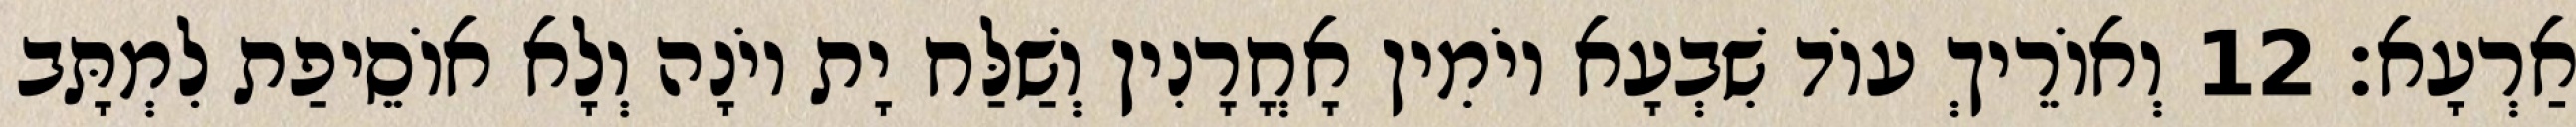
אַרְעָא׃ 12 וְאוֹרֵיךְ עוֹד שִׁבְעָא יוֹמִין אָחֳרָנִין וְשַׁלַּח יָת יוֹנָה וְלָא אוֹסֵיפַת לִמְתָּב